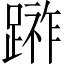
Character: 𨃼